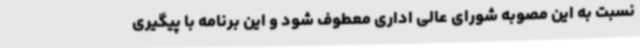
نسبت به این مصوبه شورای عالی اداری معطوف شود و این برنامه با پیگیری